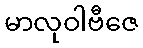
မာလုဝါဗီဇေ